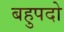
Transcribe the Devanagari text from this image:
बहुपदो